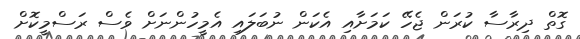
ގޮތް ދިރާސާ ކުރަން ޖެހޭ ކަމަށާއި އެކަން ނުބަލައި އެމީހުންނަށް ވެސް ރަސްމީކޮށް